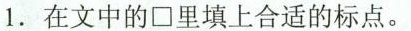
1.在文中的□里填上合适的标点。